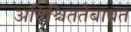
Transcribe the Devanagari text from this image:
अनिश्चिततेबाबत